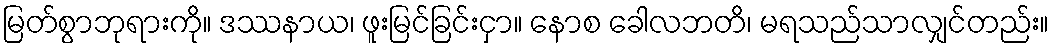
မြတ်စွာဘုရားကို။ ဒဿနာယ၊ ဖူးမြင်ခြင်းငှာ။ နောစ ခေါလဘတိ၊ မရသည်သာလျှင်တည်း။